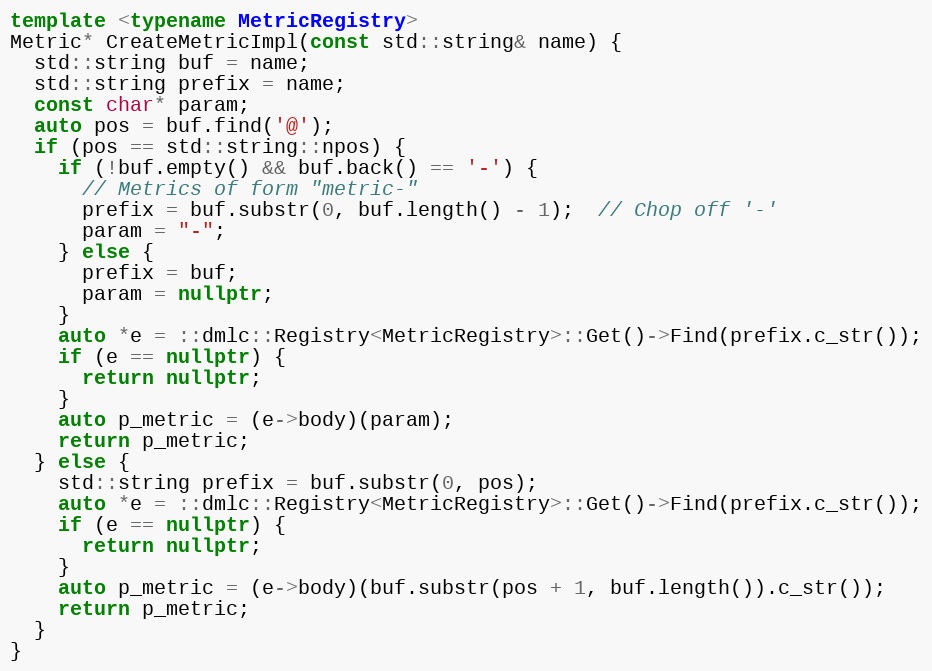
Language: C++
template <typename MetricRegistry>
Metric* CreateMetricImpl(const std::string& name) {
  std::string buf = name;
  std::string prefix = name;
  const char* param;
  auto pos = buf.find('@');
  if (pos == std::string::npos) {
    if (!buf.empty() && buf.back() == '-') {
      // Metrics of form "metric-"
      prefix = buf.substr(0, buf.length() - 1);  // Chop off '-'
      param = "-";
    } else {
      prefix = buf;
      param = nullptr;
    }
    auto *e = ::dmlc::Registry<MetricRegistry>::Get()->Find(prefix.c_str());
    if (e == nullptr) {
      return nullptr;
    }
    auto p_metric = (e->body)(param);
    return p_metric;
  } else {
    std::string prefix = buf.substr(0, pos);
    auto *e = ::dmlc::Registry<MetricRegistry>::Get()->Find(prefix.c_str());
    if (e == nullptr) {
      return nullptr;
    }
    auto p_metric = (e->body)(buf.substr(pos + 1, buf.length()).c_str());
    return p_metric;
  }
}